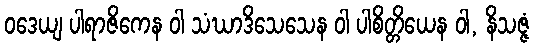
ဝဒေယျ ပါရာဇိကေန ဝါ သံဃာဒိသေသေန ဝါ ပါစိတ္တိယေန ဝါ, နိသဇ္ဇံ